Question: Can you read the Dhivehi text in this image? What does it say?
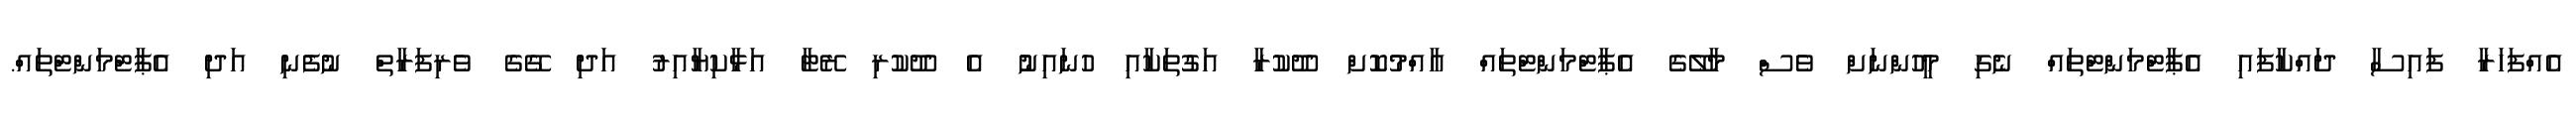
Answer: އެއްފަހަރާ ފައިސާ ދައްކާފައި އެޕާޓްމަންޓްތައް ނެގި މީހުންނަށް ވެސް މާލޭގެ އެޕާޓްމަންޓްތައް އާއްމުކޮށް ދޫކުރާ އަގުތަކާއި ހުނައިނުު އެ ދޫކުރި ރޭޓާ އަޅާކިޔާއިރު އަދި ގޭގެ ވެރިފަރާތް ނުފެނި އަދި އެޕާޓްމަންޓްތައް.